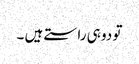
تو دو ہی راستے ہیں ۔